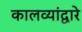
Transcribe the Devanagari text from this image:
कालव्यांद्वारे